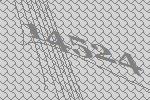
14524